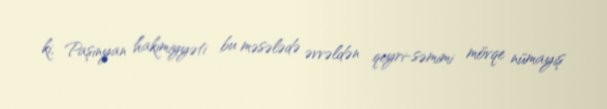
ki, Paşinyan hakimiyyəti bu məsələdə əvvəldən qeyri-səmimi mövqe nümayiş